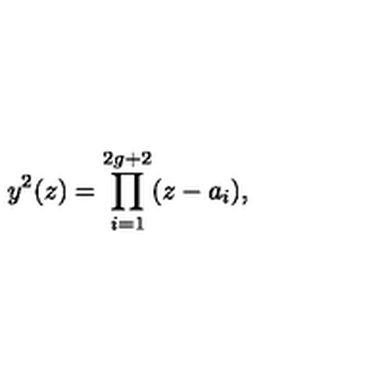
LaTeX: y ^ { 2 } ( z ) = \prod _ { i = 1 } ^ { 2 g + 2 } ( z - a _ { i } ) ,